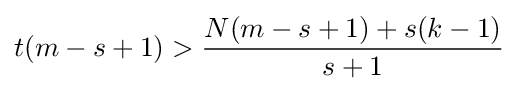
t(m-s+1)>{\frac {N(m-s+1)+s(k-1)}{s+1}}